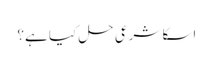
اسکا شرعی حل کیا ہے؟